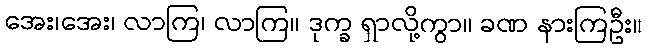
အေး၊အေး၊ လာကြ၊ လာကြ။ ဒုက္ခ ရှာလို့ကွာ။ ခဏ နားကြဦး။